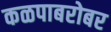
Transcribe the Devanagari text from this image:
कळपाबरोबर